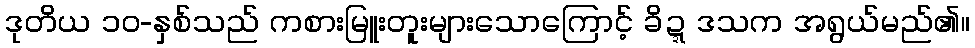
ဒုတိယ ၁၀-နှစ်သည် ကစားမြူးတူးများသောကြောင့် ခိဍ္ဍဒသက အရွယ်မည်၏။